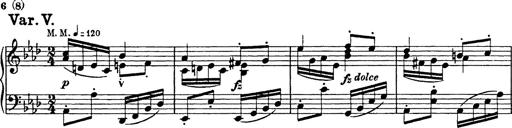
Title: 8 Variations
Composer: Franz Liszt
Key: A-flat major